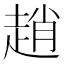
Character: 趙